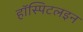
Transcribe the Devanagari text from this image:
हॉस्पिटलइन